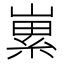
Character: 𡻭